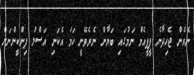
ނެރެން ޖެހިދާނެ ޕީޕީއެމް ނަމުގައި ބަޔާން ނެރެވޭނީ ހަމަ އެކަނި އަސްލު ޕިންކީންނަށް